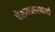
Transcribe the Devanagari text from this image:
पेरुमलस्वामी